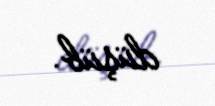
düşüb.